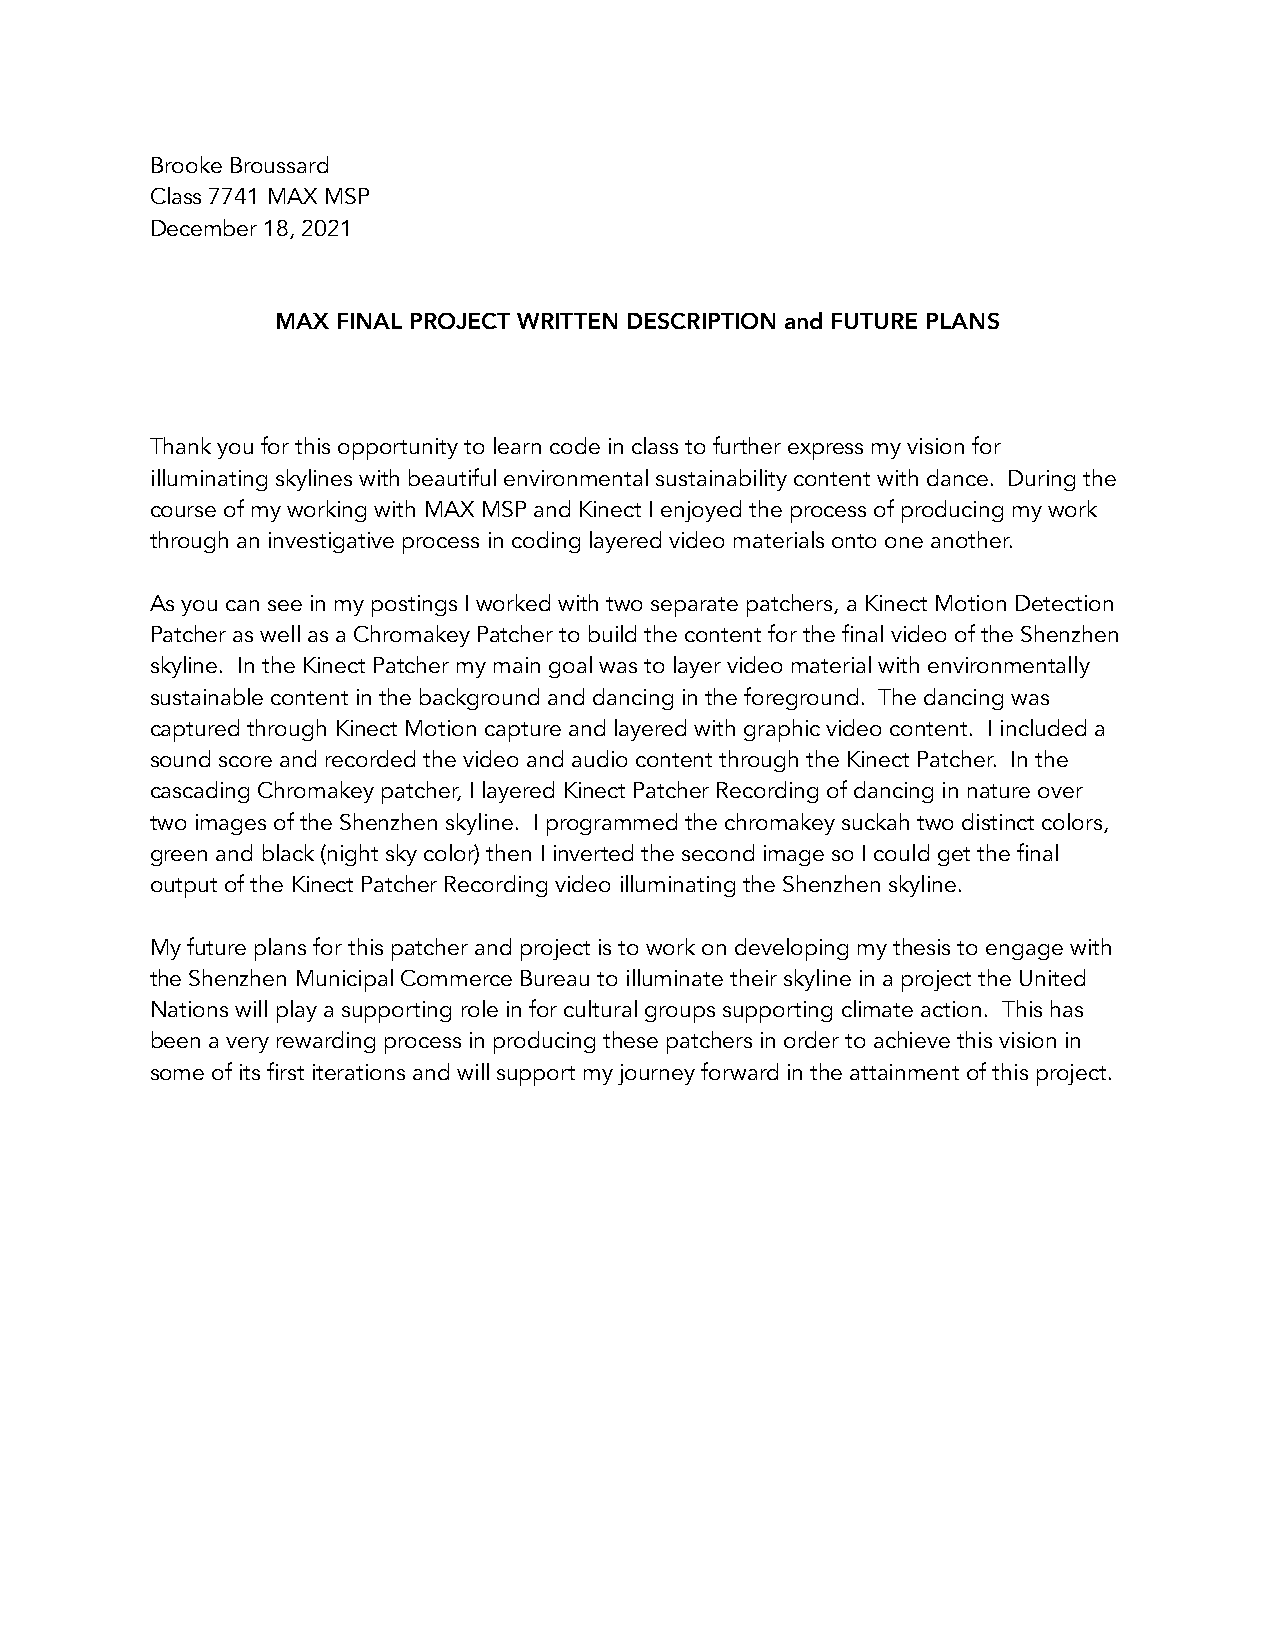
Brooke Broussard
 Class 7741 MAX MSP
 December 18, 2021
 MAX FINAL PROJECT WRITTEN DESCRIPTION and FUTURE PLANS
 Thank you for this opportunity to learn code in class to further express my vision for
 illuminating skylines with beautiful environmental sustainability content with dance. During the
 course of my working with MAX MSP and Kinect I enjoyed the process of producing my work
 through an investigative process in coding layered video materials onto one another.
 As you can see in my postings I worked with two separate patchers, a Kinect Motion Detection
 Patcher as well as a Chromakey Patcher to build the content for the final video of the Shenzhen
 skyline. In the Kinect Patcher my main goal was to layer video material with environmentally
 sustainable content in the background and dancing in the foreground. The dancing was
 captured through Kinect Motion capture and layered with graphic video content. I included a
 sound score and recorded the video and audio content through the Kinect Patcher. In the
 cascading Chromakey patcher, I layered Kinect Patcher Recording of dancing in nature over
 two images of the Shenzhen skyline. I programmed the chromakey suckah two distinct colors,
 green and black (night sky color) then I inverted the second image so I could get the final
 output of the Kinect Patcher Recording video illuminating the Shenzhen skyline.
 My future plans for this patcher and project is to work on developing my thesis to engage with
 the Shenzhen Municipal Commerce Bureau to illuminate their skyline in a project the United
 Nations will play a supporting role in for cultural groups supporting climate action. This has
 been a very rewarding process in producing these patchers in order to achieve this vision in
 some of its first iterations and will support my journey forward in the attainment of this project.